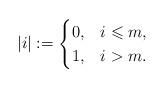
LaTeX: \begin{align*}|i|:=\begin{cases}0,&i\leqslant m,\\1,&i>m.\end{cases}\end{align*}